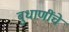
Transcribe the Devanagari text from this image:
बुधाणींचे